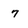
Character: 7